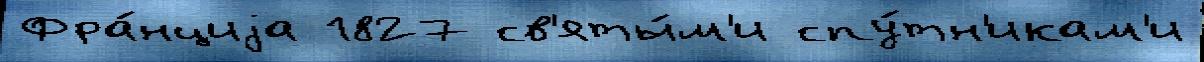
Фра́нциjа 1827 св'яты́м'и спу́тн'икам'и